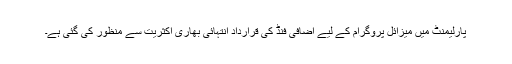
پارلیمنٹ میں میزائل پروگرام کے لیے اضافی فنڈ کی قرارداد انتہائی بھاری اکثریت سے منظور کی گئی ہے۔